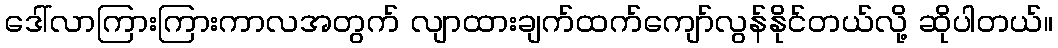
ဒေါ်လာကြားကြားကာလအတွက် လျာထားချက်ထက်ကျော်လွန်နိုင်တယ်လို့ ဆိုပါတယ်။